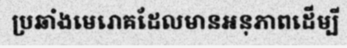
ប្រឆាំងមេរោគដែលមានអនុភាពដើម្បី